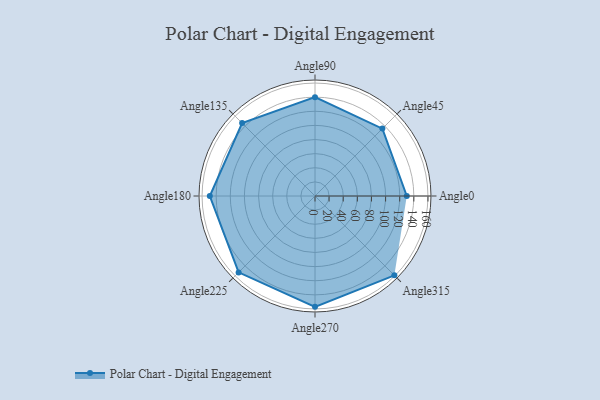
{"axis": {"x": "Angle", "y": "Radius"}, "legend": [""], "data": [{"x": "Angle0", "y": 130.0, "type": ""}, {"x": "Angle45", "y": 135.0, "type": ""}, {"x": "Angle90", "y": 140.0, "type": ""}, {"x": "Angle135", "y": 146.0, "type": ""}, {"x": "Angle180", "y": 149.0, "type": ""}, {"x": "Angle225", "y": 153.0, "type": ""}, {"x": "Angle270", "y": 157.0, "type": ""}, {"x": "Angle315", "y": 159.0, "type": ""}]}